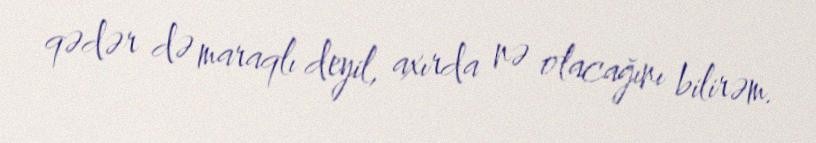
qədər də maraqlı deyil, axırda nə olacağını bilirəm.